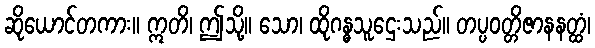
ဆိုယောင်တကား။ ဣတိ၊ ဤသို့။ သော၊ ထိုဂန္ဓသူဌေးသည်။ တပ္ပဝတ္တိဇာနနတ္ထံ၊